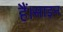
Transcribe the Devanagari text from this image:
हैं।साइन